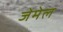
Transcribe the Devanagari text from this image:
जेमेल